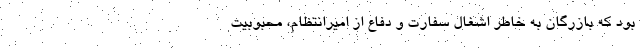
بود که بازرگان به خاطر اشغال سفارت و دفاع از امیر‌انتظام، محبوبیت